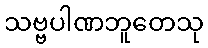
သဗ္ဗပါဏဘူတေသု